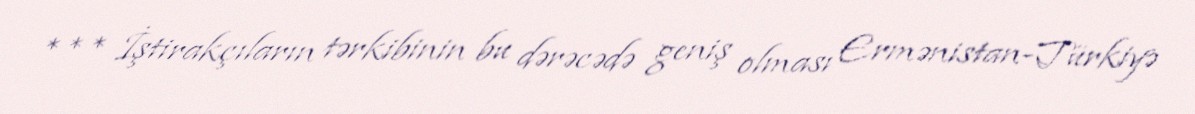
*** İştirakçıların tərkibinin bu dərəcədə geniş olması Ermənistan-Türkiyə